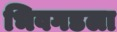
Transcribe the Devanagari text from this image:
भिवगडला